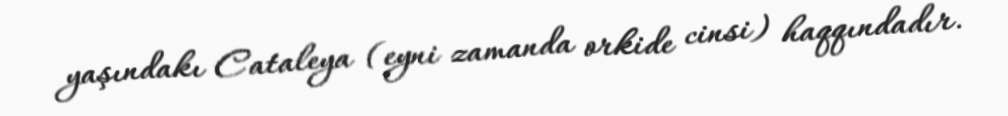
yaşındakı Cataleya (eyni zamanda orkide cinsi) haqqındadır.